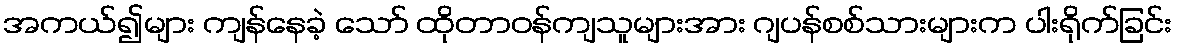
အကယ်၍များ ကျန်နေခဲ့ သော် ထိုတာဝန်ကျသူများအား ဂျပန်စစ်သားများက ပါးရိုက်ခြင်း